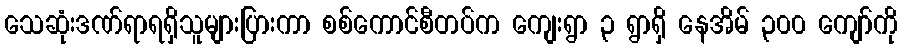
သေဆုံးဒဏ်ရာရရှိသူများပြားကာ စစ်ကောင်စီတပ်က ကျေးရွာ ၃ ရွာရှိ နေအိမ် ၃၀၀ ကျော်ကို